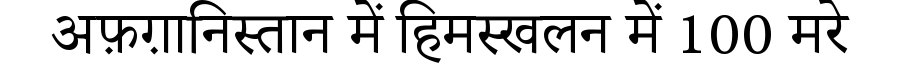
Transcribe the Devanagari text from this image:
अफ़ग़ानिस्तान में हिमस्खलन में 100 मरे